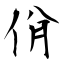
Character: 佾